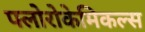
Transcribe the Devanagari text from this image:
फ्लोरोकेमिकल्स